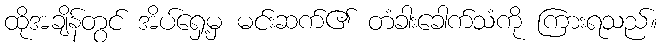
ထိုအချိန်တွင် အိပ်ရှေ့မှ မင်းဆက်၏ တံခါးခေါက်သံကို ကြားရသည်။